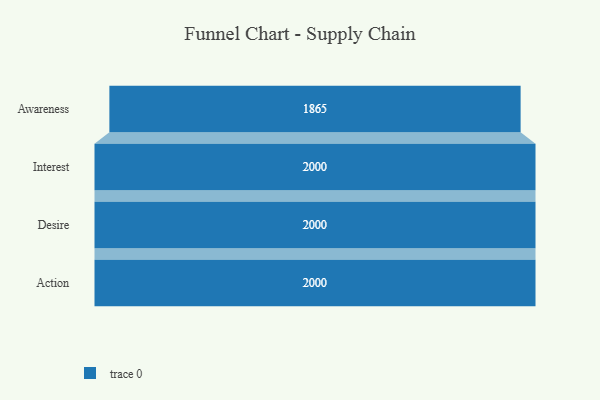
{"axis": {"x": "Stage", "y": "Value"}, "legend": [""], "data": [{"x": "Awareness", "y": 1865.0, "type": ""}, {"x": "Interest", "y": 2000, "type": ""}, {"x": "Desire", "y": 2000, "type": ""}, {"x": "Action", "y": 2000, "type": ""}]}